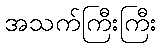
အသက်ကြီးကြီး